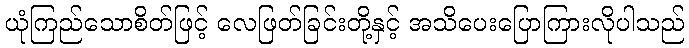
ယုံကြည်သောစိတ်ဖြင့် လေဖြတ်ခြင်းတို့နှင့် အသိပေးပြောကြားလိုပါသည်